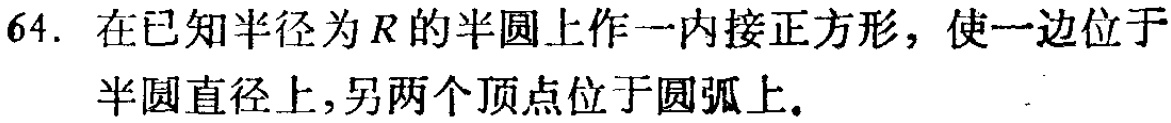
64. 在已知半径为\(R\)的半圆上作一内接正方形，使一边位于半圆直径上，另两个顶点位于圆弧上。